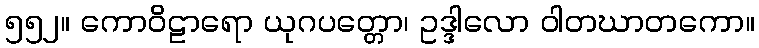
၅၅၂။ ကောဝိဠာရော ယုဂပတ္တော၊ ဥဒ္ဒါလော ဝါတဃာတကော။